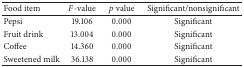
<table><thead><tr><td><b>Food item</b></td><td><b><i>F</i>-value</b></td><td><b><i>p</i> value</b></td><td><b>Significant/nonsignificant</b></td></tr></thead><tbody><tr><td>Pepsi </td><td>19.106</td><td>0.000</td><td>Significant</td></tr><tr><td>Fruit drink </td><td>13.004</td><td>0.000</td><td>Significant</td></tr><tr><td>Coffee </td><td>14.360</td><td>0.000</td><td>Significant</td></tr><tr><td>Sweetened milk </td><td>36.138</td><td>0.000</td><td>Significant</td></tr></tbody></table>